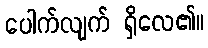
ပေါက်လျက် ရှိလေ၏။